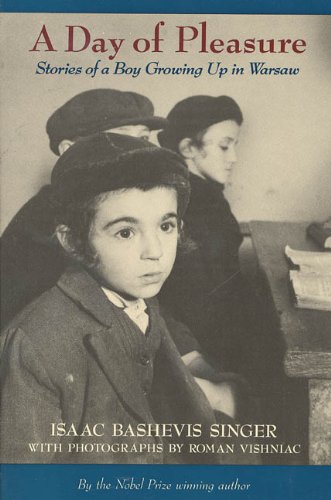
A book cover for A Day of Pleasure: Stories of a Boy Growing Up in Warsaw: Stories of a Boy Growing Up in Warsaw; Isaac Bashevis Singer; Teen & Young Adult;